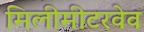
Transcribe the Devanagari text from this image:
मिलीमीटरवेव